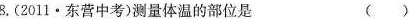
8.(2011·东营中考)测量体温的部位是 ( )